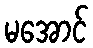
မအောင်